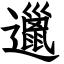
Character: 邋